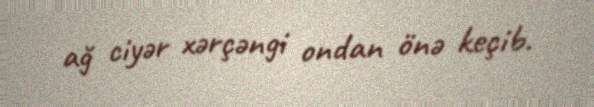
ağ ciyər xərçəngi ondan önə keçib.